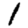
Digit: 1